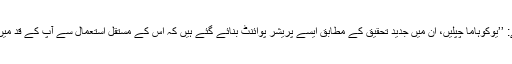
لڑکا سنسنی خیز لہجے میں کہتا ہے: ’’یوکوہاما چپلیں، ان میں جدید تحقیق کے مطابق ایسے پریشر پوائنٹ بنائے گئے ہیں کہ اس کے مستقل استعمال سے آپ کے قد میں آٹھ سے دس انچ اضافہ ہوجائے گا۔